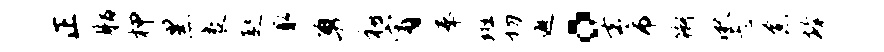
正脂柙黑袤趑取勇禧宵奉斑切避。去市衙湫忐愈掩